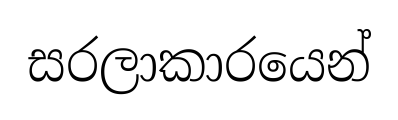
සරලාකාරයෙන්